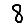
Digit: 8